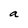
Character: a